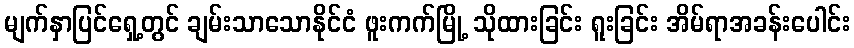
မျက်နှာပြင်ရှေ့တွင် ချမ်းသာသောနိုင်ငံ ဖူးကက်မြို့ သိုထားခြင်း ရူးခြင်း အိမ်ရာအခန်းပေါင်း